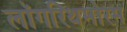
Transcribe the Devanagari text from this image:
लॉगरिथमोरम